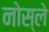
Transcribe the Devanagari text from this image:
नोस्ले